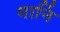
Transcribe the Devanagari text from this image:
गार्नि